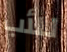
للأب